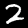
Label: 2